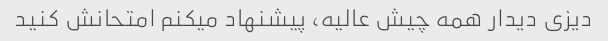
دیزی دیدار همه چیش عالیه، پیشنهاد میکنم امتحانش کنید